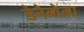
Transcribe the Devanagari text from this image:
डेनेबोला